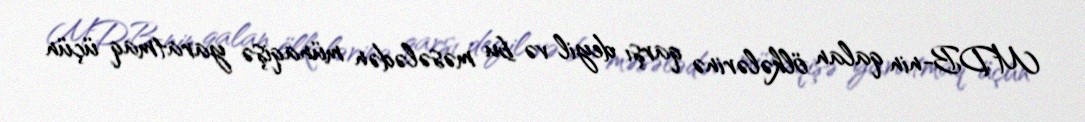
MDB-nin qalan ölkələrinə qarşı deyil və bu məsələdən münaqişə yaratmaq üçün